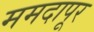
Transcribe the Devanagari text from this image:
ममदापूर